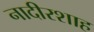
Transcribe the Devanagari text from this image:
नादीरशाह